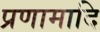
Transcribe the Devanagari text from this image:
प्रणामादि